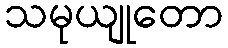
သမုယျုတော